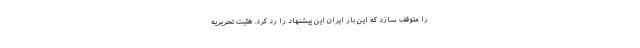
را متوقف سازد که این بار ایران این پیشنهاد را رد کرد. هئیت تحریریه